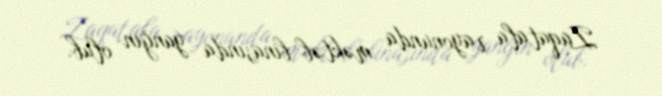
Zaqatala rayonunda məktəb binasında yanğın olub.